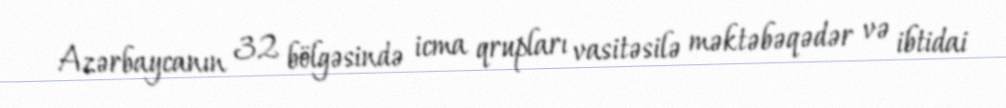
Azərbaycanın 32 bölgəsində icma qrupları vasitəsilə məktəbəqədər və ibtidai